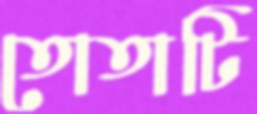
তোতাটি